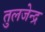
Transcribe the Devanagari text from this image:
तुलजेन्द्र